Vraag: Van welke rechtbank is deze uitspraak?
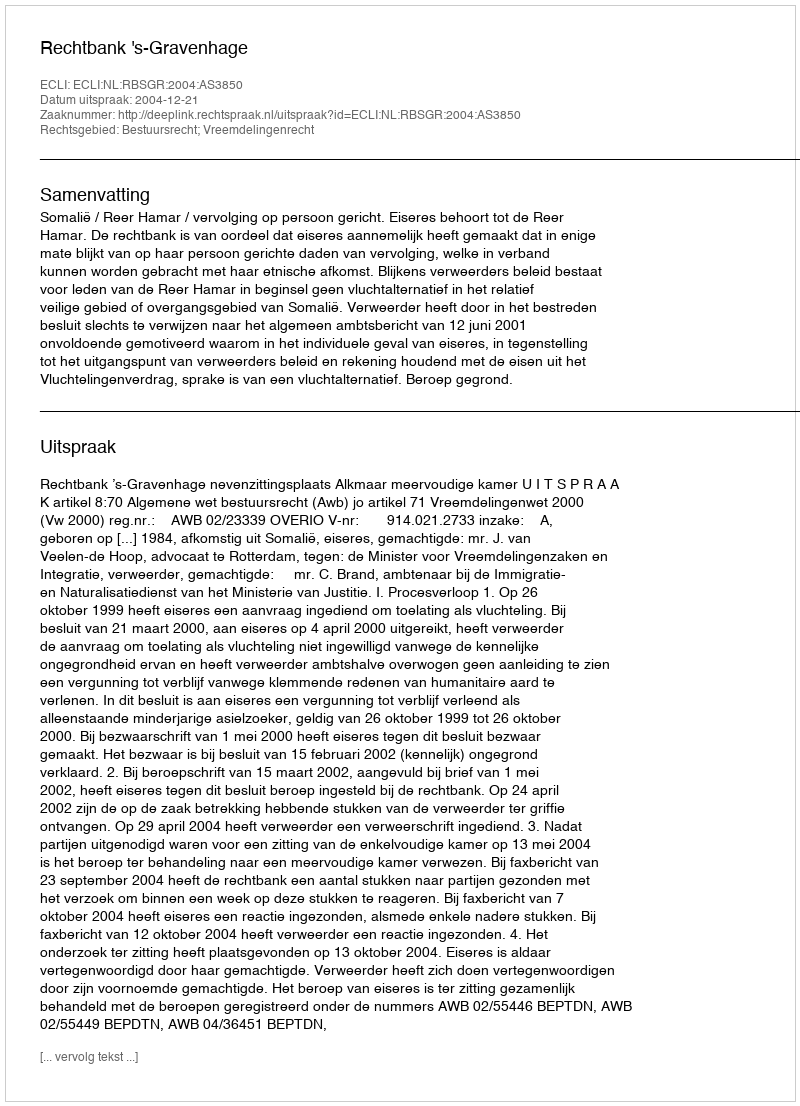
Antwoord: Rechtbank 's-Gravenhage